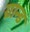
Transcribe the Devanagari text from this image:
ग्रान्ड